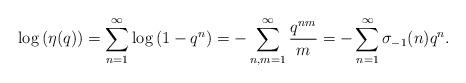
LaTeX: \begin{align*}\log\left(\eta(q)\right)=\sum^{\infty}_{n=1}\log\left(1-q^n\right)=-\sum^{\infty}_{n,m=1}\frac{q^{nm}}{m}=-\sum^{\infty}_{n=1}\sigma_{-1}(n)q^n.\end{align*}